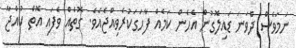
ނަމަވެސް ދެވަނަ ޑައިލޮގުން އެހެން ކަމެއް ފާހަގަކުރެވިއްޖެއެވެ. ގޮތެއް ވެފައި އޮތް ކުއްޖާ